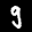
Label: 9